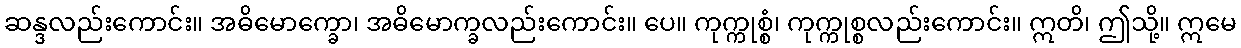
ဆန္ဒလည်းကောင်း။ အဓိမောက္ခော၊ အဓိမောက္ခလည်းကောင်း။ ပေ။ ကုက္ကုစ္စံ၊ ကုက္ကုစ္စလည်းကောင်း။ ဣတိ၊ ဤသို့။ ဣမေ